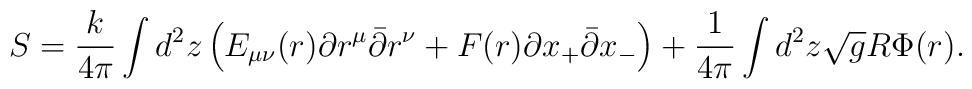
S  = \frac{k}{4\pi}\int d^2z\left( E_{\mu \nu}(r)\partial r^{\mu}\bar{\partial}r^{\nu} + F(r)\partial x_+\bar{\partial}x_- \right)+\frac{1}{4\pi}\int d^2 z \sqrt{g}R\Phi (r).